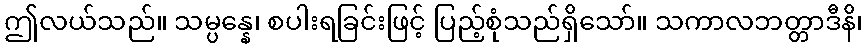
ဤလယ်သည်။ သမ္ပန္နေ၊ စပါးရခြင်းဖြင့် ပြည့်စုံသည်ရှိသော်။ သကာလဘတ္တာဒီနိ၊